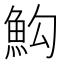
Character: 𩵻